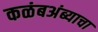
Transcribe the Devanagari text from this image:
कळंबअंब्याचा